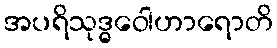
အပရိသုဒ္ဓဝေါဟာရောတိ